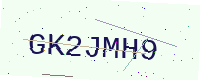
Text: GK2JMH9